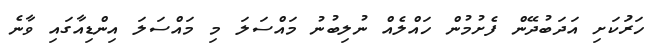
ހަރަުކަށި އަދަބުދޭން ފެށުމުން ހައްލެއް ނުލިބުނު މައްސަލަ މި މައްސަލަ އިންޑިއާގައި ވާނެ